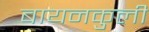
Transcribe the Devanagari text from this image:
बायनकुली